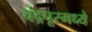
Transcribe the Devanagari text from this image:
चंद्रपूरमध्ये